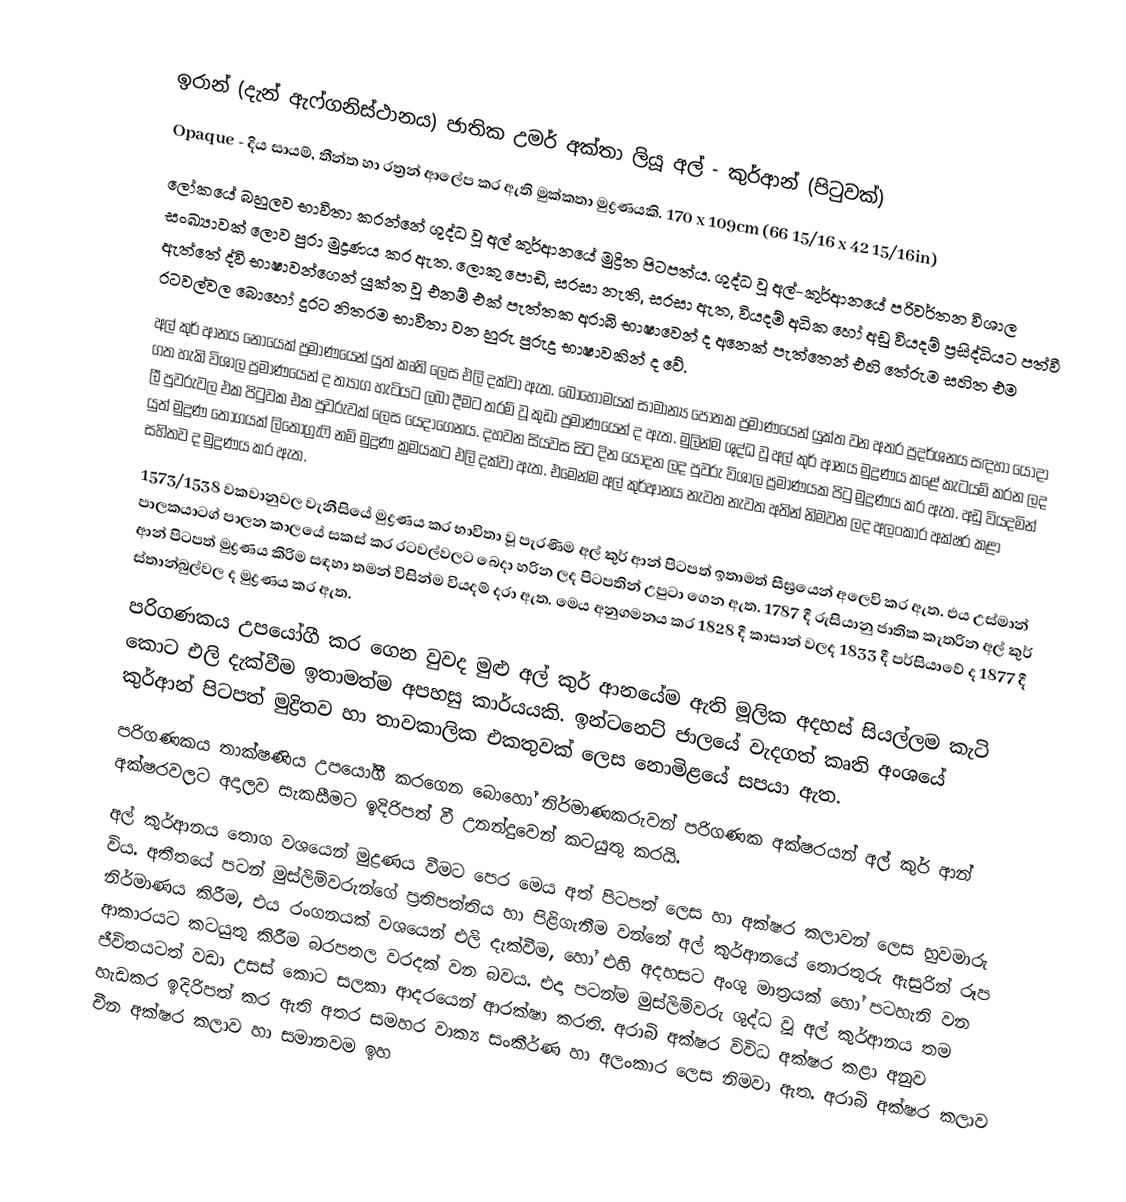
ඉරාන් (දැන් ඇෆ්ගනිස්ථානය) ජාතික උමර් අක්තා ලියූ අල් - කුර්ආන් (පිටුවක්)
Opaque - දිය සායම්, තීන්ත හා රත්‍රන් ආලේප කර ඇති මුක්කතා මුද්‍රණයකි. 170 x 109cm (66 15/16 x 42 15/16in)
ලෝකයේ බහුලව භාවිතා කරන්නේ ශුද්ධ වූ අල් කුර්ආනයේ මුද්‍රිත පිටපත්ය. ශුද්ධ වූ අල්-කුර්ආනයේ පරිවර්තන විශාල සංඛ්‍යාවක් ලොව පුරා මුද්‍රණය කර ඇත. ලොකු පොඩි, සරසා නැති, සරසා ඇත, වියදම් අධික හෝ අඩු වියදම් ප්‍රසිද්ධියට පත්වී ඇත්තේ ද්වි භාෂාවන්ගෙන් යුක්ත වූ එනම් එක් පැත්තක අරාබි භාෂාවෙන් ද අනෙක් පැත්තෙන් එහි තේරුම සහිත එම රටවල්වල බොහෝ දුරට නිතරම භාවිතා වන හුරු පුරුදු භාෂා‍වකින් ද වේ.
අල් කුර් ආන‍ය නොයෙක් ප්‍රමාණයෙන් යුත් කෘති ලෙස එලි දක්වා ඇත. බොහෝමයක් සාමාන්‍ය පොතක ප්‍රමාණයෙන් යුක්ත වන අතර ප්‍රදර්ශනය සඳහා යොදා ගත හැකි විශාල ප්‍රමාණයෙන් ද ත්‍යාග හැටියට ලබා දීමට තරම් වූ කුඩා ප්‍රමාණයෙන් ද ඇත. මුලින්ම ශුද්ධ වූ අල් කුර් ආනය මුද්‍රණය කළේ කැටයම් කරන ලද ලී පුවරුවල එක පිටුවක එක පුවරුවක් ලෙස යෙදාගෙනය. දහවන සියවස සිට දින යොදන ලද පුවරු විශාල ප්‍රමාණයක පිටු මුද්‍රණය කර ඇත. අඩු වියදමින් යුත් මුද්‍රණ තොගයක් ලිතොග්‍රැෆි නම් මුද්‍රණ ක්‍රමයකට එලි දක්වා ඇත. එමෙන්ම අල් කුර්ආනය නැවත නැවත අතින් නිමවන ලද අලංකාර අක්ෂර කළා සහිතව ද මුද්‍රණය කර ඇත.
1573/1538 වකවානුවල වැනීසියේ මුද්‍රණය කර භාවිතා වූ පැරණිම අල් කුර් ආන් පිටපත් ඉතාමත් සීඝ්‍රයෙන් අලෙවි කර ඇත. එය උස්මාන් පාලකයාටග් පාලන කාලයේ සකස් කර රටවල්වලට බෙදා හරින ලද පිටපතින් උපුටා ගෙන ඇත. 1787 දී රුසියානු ජාතික කැතරින අල් කුර් ආන් පිටපත් මුද්‍රණය කිරිම සඳහා තමන් විසින්ම වියදම් දරා ඇත. මෙය අනුගමනය කර 1828 දී කාසාන් වලද 1833 දී පර්සියාවේ ද 1877 දී ස්තාන්බුල්වල ද මුද්‍රණය කර ඇත.
පරිගණකය උපයෝගී කර ගෙන වුවද මුළු අල් කුර් ආනයේම ඇති මූලික අදහස් සියල්ලම කැටි ‍කොට එලි දැක්වීම ඉතාමත්ම අපහසු කාර්යයකි. ඉන්ටනෙට් ජාලයේ වැදගත් කෘති අංශයේ කුර්ආන් පිටපත් මුද්‍රිතව හා තාවකාලික එකතුවක් ලෙස නොමිළයේ සපයා ඇත.
පරිගණකය තාක්ෂණිය උපයෝගී කරගෙන බොහෝ නිර්මාණකරුවන් පරිගණක අක්ෂරයන් අල් කුර් ආන් අක්ෂරවලට අදාලව සැකසීමට ඉදිරිපත් වී උනන්දුවෙන් කටයුතු කරයි.
අල් කුර්ආන‍ය තොග වශයෙන් මුද්‍රණය වීමට පෙර මෙය අත් පිටපත් ලෙස හා අක්ෂර කලාවන් ලෙස හුවමාරු විය. අතීතයේ පටන් මුස්ලිම්වරුන්ගේ ප්‍රතිපත්තිය හා පිළිගැනීම වන්නේ අල් කුර්ආනයේ තො‍රතුරු ඇසුරින් රූප නිර්මාණය කිරීම, එය රංගනයක් වශයෙන් එලි දැක්වීම, හෝ එහි අදහසට අංශු මාත්‍රයක් හෝ පටහැනි වන ආකාරයට කටයුතු කිරීම බරපතල වරදක් වන බවය. එදා පටන්ම මුස්ලිම්වරු ශුද්ධ වූ අල් කුර්ආනය තම ජීවිතයටත් වඩා උසස් කොට සලකා ආදරයෙන් ආරක්ෂා කරති. අරාබි අක්ෂර විවිධ අක්ෂර කළා අනුව හැඩකර ඉදිරිපත් කර ඇති අතර සමහර වාක්‍ය සංකීර්ණ හා අලංකාර ලෙස නිමවා ඇත. අරාබි අක්ෂර කලාව චීන අක්ෂර කලාව හා සමානවම ඉහ